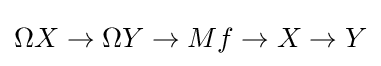
\Omega X\to \Omega Y\to Mf\to X\to Y